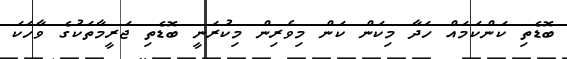
ބޮޑެތި ކަންކަމައް ހަދާ މިކަން ކަން މިވެރިން މިކުރަނީ ބޮޑެތި ޖަރީމާތަކުގެ ވާހަކަ